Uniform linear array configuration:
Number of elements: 12
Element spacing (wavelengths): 0.5
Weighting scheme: exponential
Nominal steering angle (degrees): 0
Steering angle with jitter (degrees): -1.454
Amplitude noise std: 0.05
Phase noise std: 0.05

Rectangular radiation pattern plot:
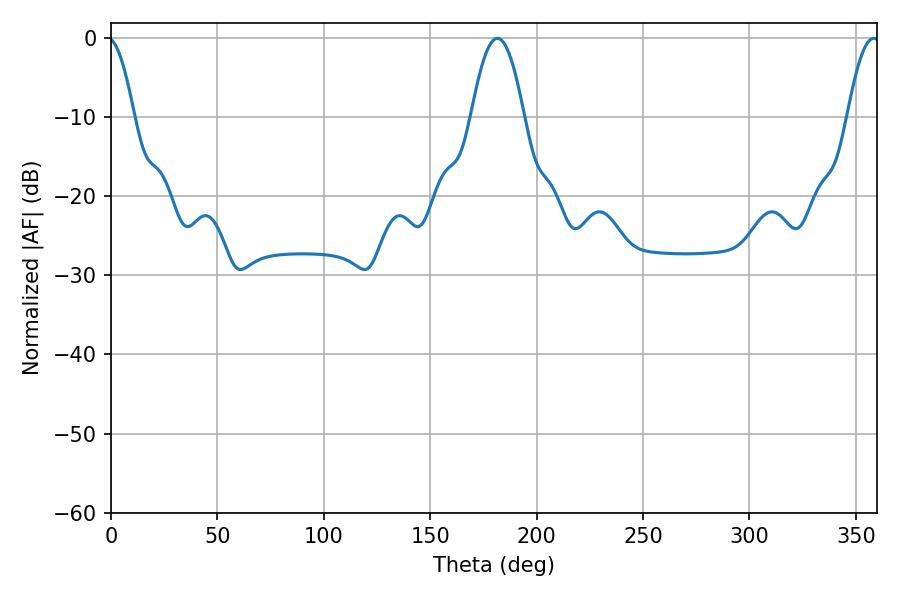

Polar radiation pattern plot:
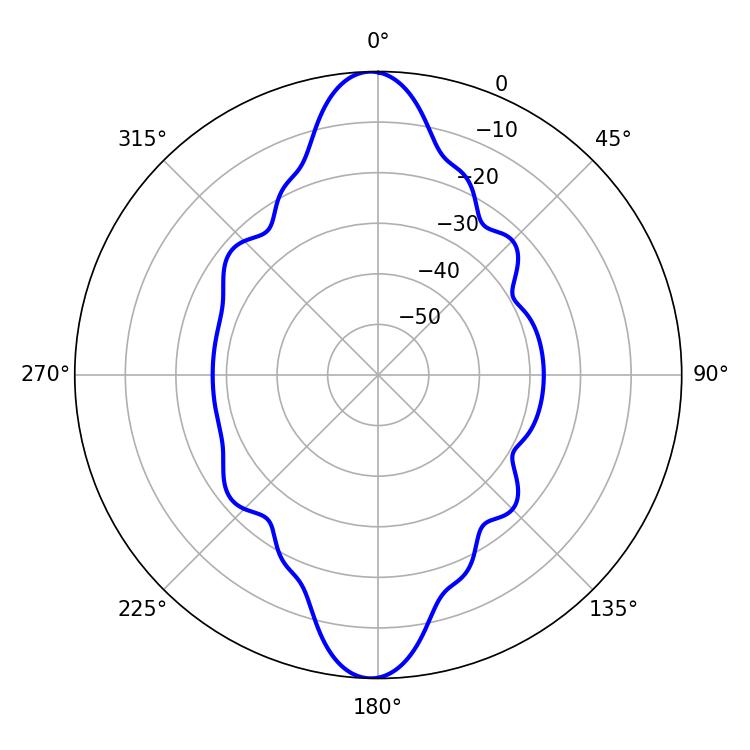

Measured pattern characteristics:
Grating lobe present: FALSE
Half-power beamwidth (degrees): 13.5
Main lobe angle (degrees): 181.62